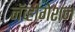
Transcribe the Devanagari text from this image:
नॅव्हीगेशन